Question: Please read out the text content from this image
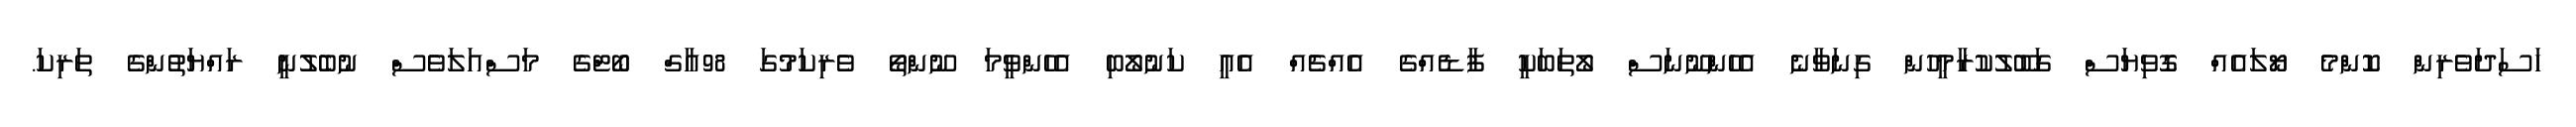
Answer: ހަސަދަވެރިން ކޮންމެ ޔޯލައެއް ގޮވިޔަސް ގަބޫލުކުރާމީހުން ގިނަވާނެ އެހެންނޫނަސް ލޯތަބަކީ ފާޑެއްގެ އެއްޗެއް އެއީ ކަނުލޯބި އެހެންވީމަ ނޫންތޯ ވެރިކަމުގަ 98އާގް ބޯޓްގެ މަސްއަލަވެސް ނުބެލުނީ ރައްޔަތުންގެ ތަރިކަ.